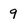
Character: g